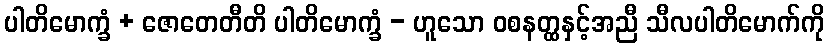
ပါတိမောက္ခံ + ဇောတေတီတိ ပါတိမောက္ခံ - ဟူသော ဝစနတ္ထနှင့်အညီ သီလပါတိမောက်ကို